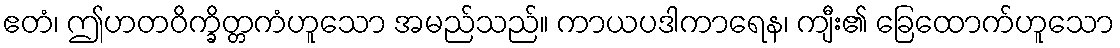
ဧတံ၊ ဤဟတဝိက္ခိတ္တကံဟူသော အမည်သည်။ ကာယပဒါကာရေန၊ ကျီး၏ ခြေထောက်ဟူသော